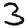
Digit: 3